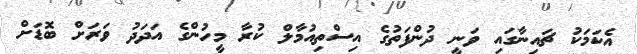
އެކަމަކު ޗައިނާގައި ވަނީ ދުންފަތުގެ އިސްތިއުމާލް ކުރާ މީހުންގެ އަދަދު ވަރަށް ބޮޑަށް